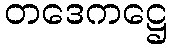
တဒေကဋ္ဌေ